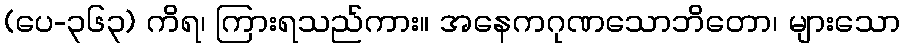
(ပေ-၃၆၃) ကိရ၊ ကြားရသည်ကား။ အနေကဂုဏသောဘိတော၊ များသော